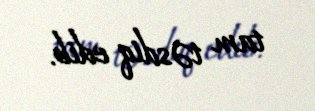
tam təsdiq edib.